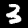
Label: 3